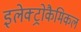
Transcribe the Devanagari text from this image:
इलेक्ट्रोकैमिकल